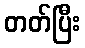
တတ်ပြီး